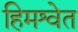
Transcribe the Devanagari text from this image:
हिमश्वेत